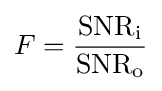
F={\frac {\mathrm {SNR} _{\text{i}}}{\mathrm {SNR} _{\text{o}}}}